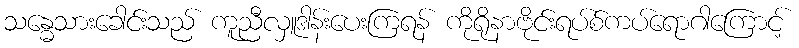
သန္ဓေသားခေါင်းသည် ကူညီလှူဒါန်းပေးကြရန် ကိုရိုနာဗိုင်းရပ်စ်ကပ်ရောဂါကြောင့်